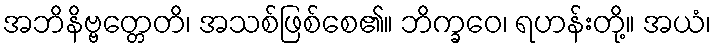
အဘိနိဗ္ဗတ္တေတိ၊ အသစ်ဖြစ်စေ၏။ ဘိက္ခဝေ၊ ရဟန်းတို့။ အယံ၊